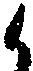
候